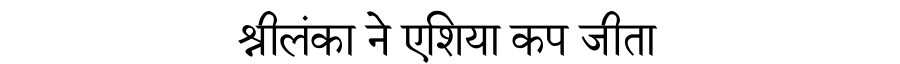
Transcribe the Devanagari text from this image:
श्रीलंका ने एशिया कप जीता